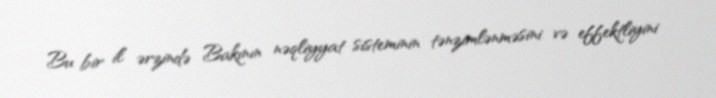
Bu bir il ərzində Bakının nəqliyyat sisteminin tənzimlənməsini və effektliyini